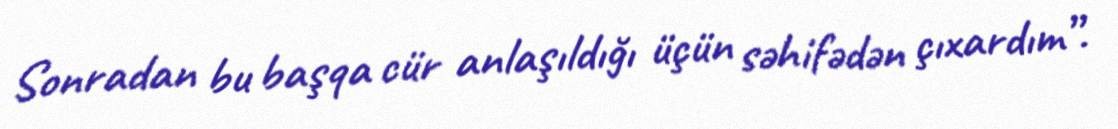
Sonradan bu başqa cür anlaşıldığı üçün səhifədən çıxardım”.